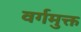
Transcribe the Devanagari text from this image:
वर्गमुक्त